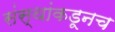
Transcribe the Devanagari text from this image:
संस्थांकडूनच